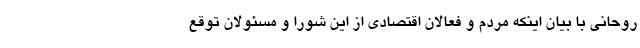
روحانی با بیان اینکه مردم و فعالان اقتصادی از این شورا و مسئولان توقع